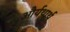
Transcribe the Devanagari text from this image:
और्यथार्थ